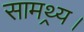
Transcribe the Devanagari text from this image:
सामथ्र्य।